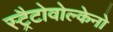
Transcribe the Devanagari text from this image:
स्ट्रैटोवोल्केनो